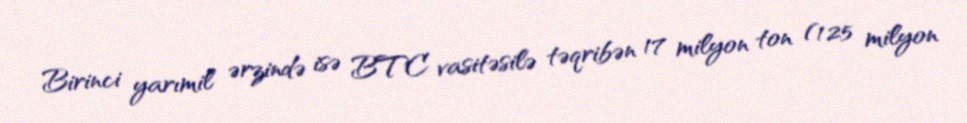
Birinci yarımil ərzində isə BTC vasitəsilə təqribən 17 milyon ton (125 milyon